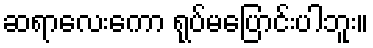
ဆရာလေးကော ရုပ်မပြောင်းပါဘူး။